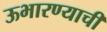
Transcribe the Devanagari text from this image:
ऊभारण्याची